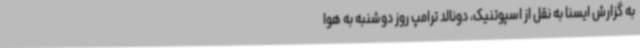
به گزارش ایسنا به نقل از اسپوتنیک، دونالد ترامپ روز دوشنبه به هوا